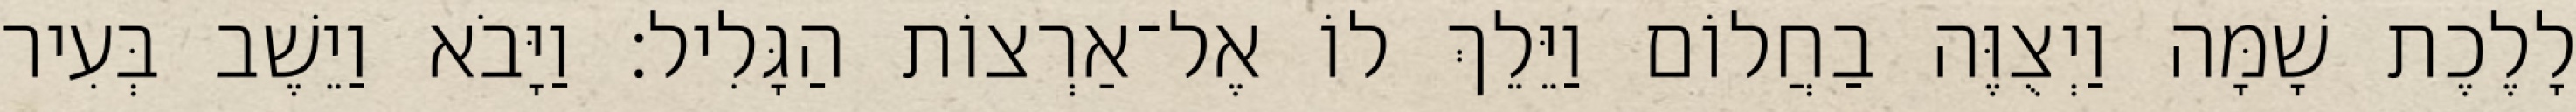
לָלֶכֶת שָׁמָּה וַיְצֻוֶּה בַחֲלוֹם וַיֵּלֵךְ לוֹ אֶל־אַרְצוֹת הַגָּלִיל׃ וַיָּבֹא וַיֵשֶׁב בְּעִיר